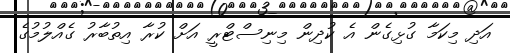
އަދި މިކަމާ ގުޅިގެން އެ ކުދިން މިނިސްޓްރީ އަށް ކުރާ އިތުބާރު ގެއްލުމުގެ